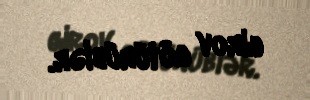
girov götürüblər.